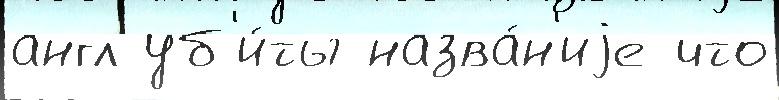
англ уб'и́ты назва́н'иjе что